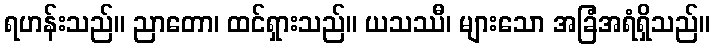
ရဟန်းသည်။ ညာတော၊ ထင်ရှားသည်။ ယသဿီ၊ များသော အခြံအရံရှိသည်။